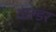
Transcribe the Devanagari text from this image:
वाल्डर